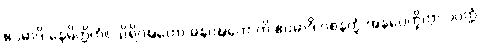
ဧဝမာဒိ နေမိတ္တိကံ။ သိရိဝဍ္ဎကော ဓနဝဍ္ဎကောတိ ဧဝမာဒိ ဝစနတ္ထံ အနပေက္ခိတွာ ပဝတ္တံ